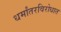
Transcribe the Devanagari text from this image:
धर्मांतरविरोधात